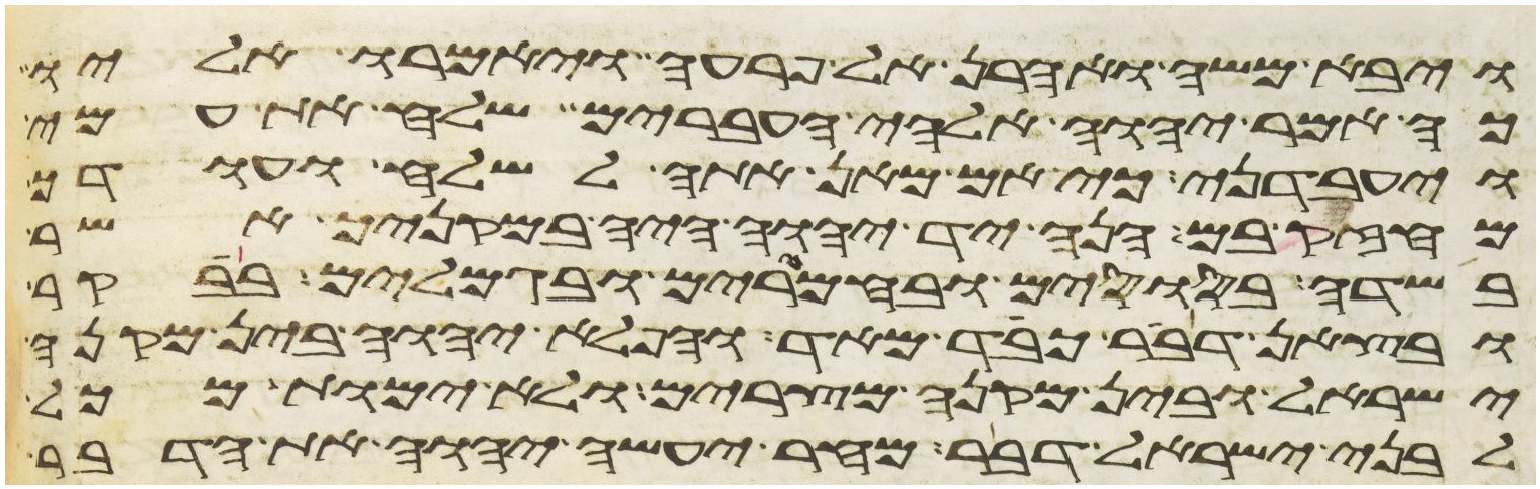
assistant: ויבא משה ואהרן אל פרעה ויאמרו אליו
כה אמר יהוה אלהי העברים שלח את עמי
ויעבדני כי אם מאן אתה לשלח ועודך
מחזק בם הנה יד יהוה היה במקניך אשר
בשדה בסוסים ובחמרים ובגמלים בבקר
ובצאן דבר כבד מאד והפלא יהוה בין מקנה
ישראל ובין מקנה מצרים ולא ימות מכל
לבני ישראל דבר מחר יעשה יהוה את הדבר